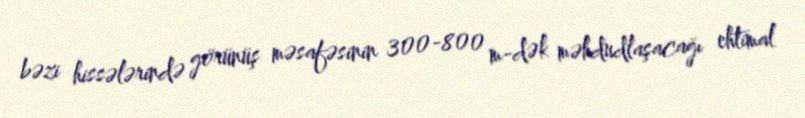
bəzi hissələrində görünüş məsafəsinin 300-800 m-dək məhdudlaşacağı ehtimal